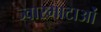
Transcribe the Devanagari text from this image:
ज्वारभाटाओं